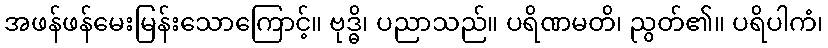
အဖန်ဖန်မေးမြန်းသောကြောင့်။ ဗုဒ္ဓိ၊ ပညာသည်။ ပရိဏမတိ၊ ညွတ်၏။ ပရိပါကံ၊